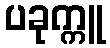
ပခုက္ကူ